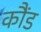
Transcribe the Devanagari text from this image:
कौंड